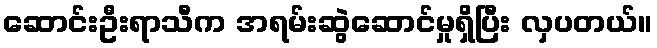
ဆောင်းဦးရာသီက အရမ်းဆွဲဆောင်မှုရှိပြီး လှပတယ်။